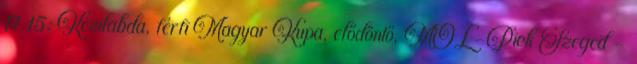
17.15: Kézilabda, férfi Magyar Kupa, elődöntő, MOL-Pick Szeged –